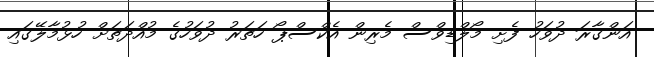
އަންގާރަ ދުވަހު ފެށި މޯލްޑިވްސް މެރިން އެކްސްޕޯ ހަތަރު ދުވަހުގެ މުއްދަތަށް ހުޅުމާލޭގައި